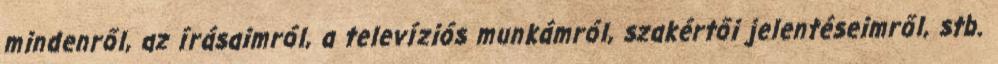
mindenről, az írásaimról, a televíziós munkámról, szakértői jelentéseimről, stb.